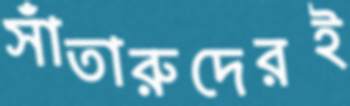
সাঁতারুদেরই